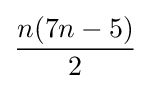
{\frac {n(7n-5)}{2}}